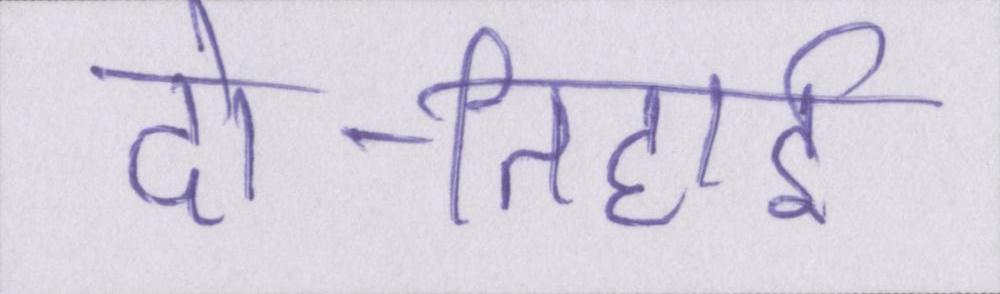
दो-तिहाई